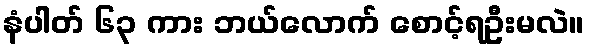
နံပါတ် ၆၃ ကား ဘယ်လောက် စောင့်ရဦးမလဲ။